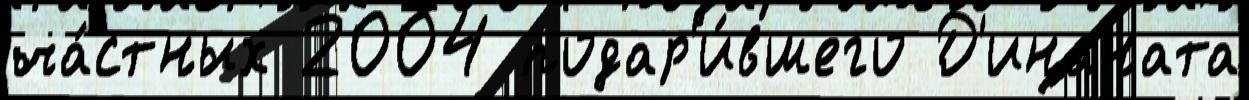
ча́стных 2004 подар'и́вшего Д'инаната